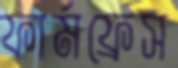
ফার্মফ্রেস